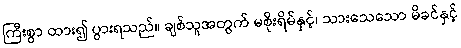
ကြီးစွာ ထား၍ ပွားရသည်။ ချစ်သူအတွက် မစိုးရိမ်နှင့်၊ သားသေသော မိခင်နှင့်